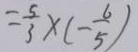
= \frac { 5 } { 3 } \times ( - \frac { 6 } { 5 } )